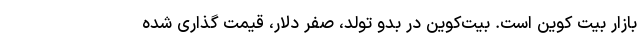
بازار بیت کوین است. بیت‌کوین در بدو تولد، صفر دلار، قیمت گذاری شده